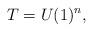
LaTeX: \begin{align*} T = U(1)^n,\end{align*}